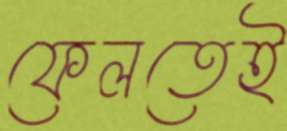
ফেলতেই